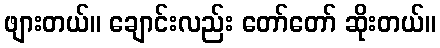
ဖျားတယ်။ ချောင်းလည်း တော်တော် ဆိုးတယ်။